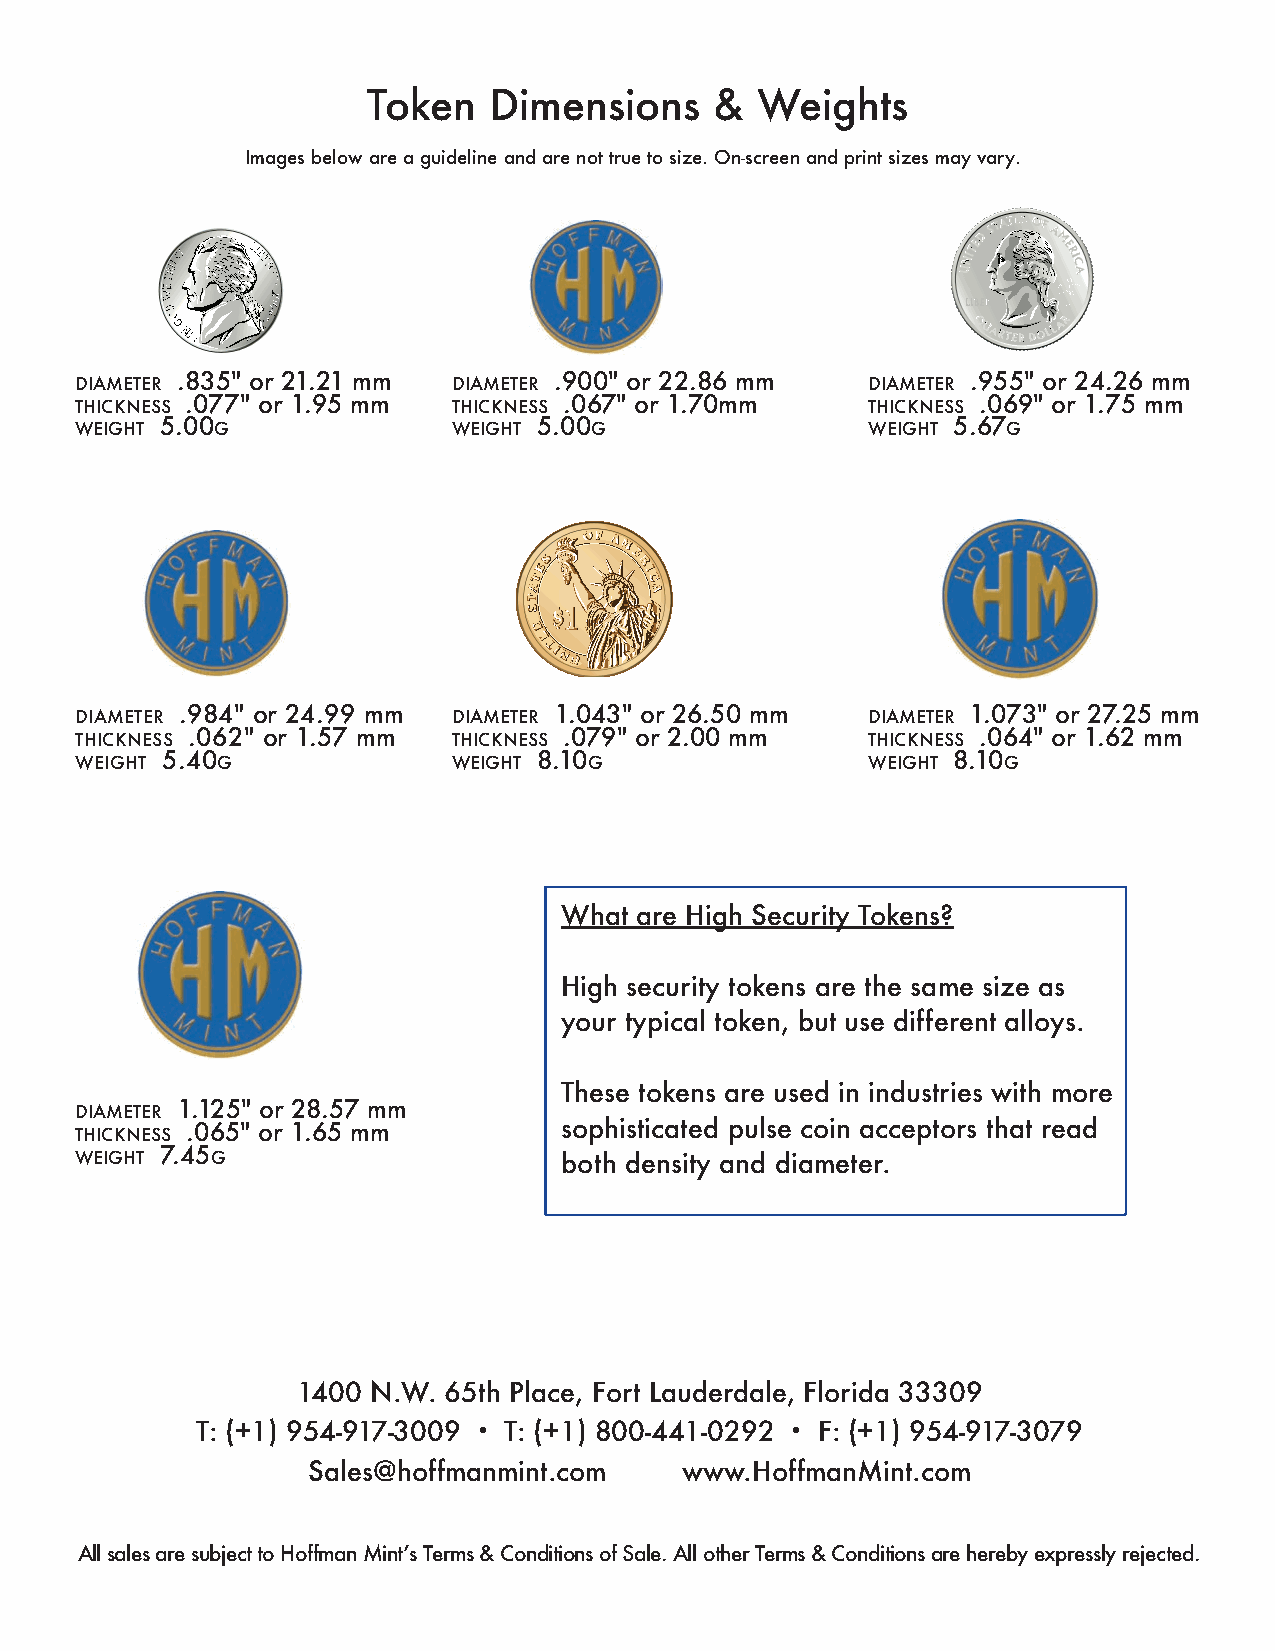
Token   Dimensions     &  Weights
 Images below are a guideline and are not true to size. On-screen and print sizes may vary.
 DIAMETER .835" or 21.21 mm DIAMETER .900" or 22.86 mm DIAMETER .955" or 24.26 mm
 THICKNESS .077" or 1.95 mm THICKNESS .067" or 1.70mm THICKNESS .069" or 1.75 mm
 WEIGHT 5.00G             WEIGHT 5.00G               WEIGHT 5.67G
 DIAMETER .984" or 24.99 mm DIAMETER 1.043" or 26.50 mm DIAMETER 1.073" or 27.25 mm
 THICKNESS .062" or 1.57 mm THICKNESS .079" or 2.00 mm THICKNESS .064" or 1.62 mm
 WEIGHT 5.40G             WEIGHT 8.10G               WEIGHT 8.10G
 What are High Security Tokens?
 High security tokens are the same size as
 your typical token, but use different alloys.
 These tokens are used in industries with more
 DIAMETER 1.125" or 28.57 mm
 THICKNESS .065" or 1.65 mm      sophisticated pulse coin acceptors that read
 WEIGHT 7.45G                    both density and diameter.
 1400 N.W. 65th Place, Fort Lauderdale, Florida 33309
 T: (+1) 954-917-3009 · T: (+1) 800-441-0292 · F: (+1) 954-917-3079
 Sales@hoffmanmint.com    www.HoffmanMint.com
 All sales are subject to Hoffman Mintʼs Terms & Conditions of Sale. All other Terms & Conditions are hereby expressly rejected.
 AMERICAN CHANGER | 34